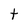
Character: t